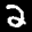
Label: 2